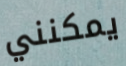
يمكنني